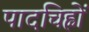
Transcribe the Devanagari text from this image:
पादचिह्नों